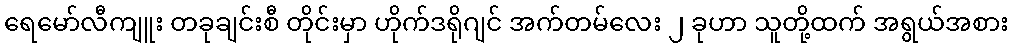
ရေမော်လီကျူး တခုချင်းစီ တိုင်းမှာ ဟိုက်ဒရိုဂျင် အက်တမ်လေး ၂ ခုဟာ သူတို့ထက် အရွယ်အစား